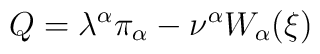
Q=\lambda^\alpha\pi_\alpha-\nu^\alpha W_\alpha(\xi)